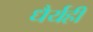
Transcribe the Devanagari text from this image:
धैर्यही